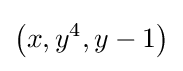
\left(x,y^{4},y-1\right)